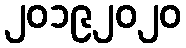
၂၀၁၉၂၀၂၀